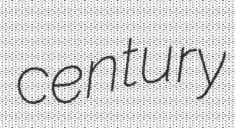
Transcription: century